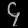
Digit: ၄